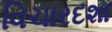
વિચારદશા